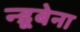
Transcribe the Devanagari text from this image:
न्डूबेना